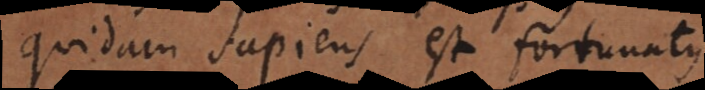
Quidam sapiens est fortunatus.